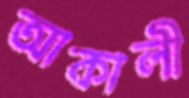
আকালী